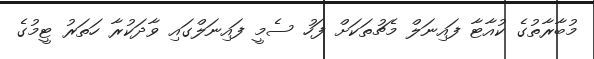
މުބާރާތުގެ ކުއާޓާ ފައިނަލް މެޗުތަކަށް ފަހު ސެމީ ފައިނަލްގައި ވާދަކުރާ ހަތަރު ޓީމުގެ